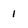
Character: 1